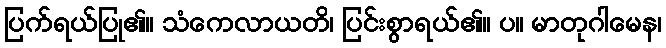
ပြက်ရယ်ပြု၏။ သံကေလာယတိ၊ ပြင်းစွာရယ်၏။ ပ။ မာတုဂါမေန၊